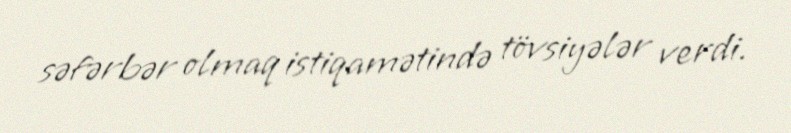
səfərbər olmaq istiqamətində tövsiyələr verdi.